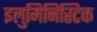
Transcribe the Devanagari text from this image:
इलुमिनिस्टिक